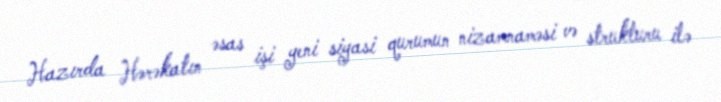
Hazırda Hərəkatın əsas işi yeni siyasi qurumun nizamnaməsi və strukturu ilə